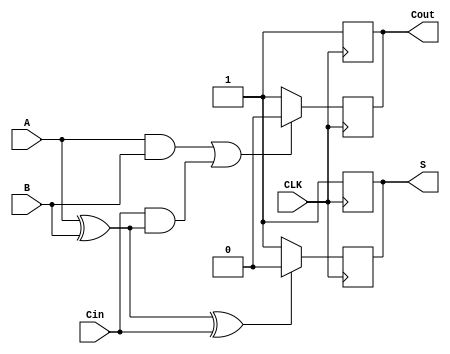
module dynamic_full_adder (
    input wire A,     // First input bit
    input wire B,     // Second input bit
    input wire Cin,   // Carry input
    input wire CLK,   // Clock signal
    output reg S,     // Sum output
    output reg Cout   // Carry output
);

// Internal signals for the evaluate phase
reg S_int, Cout_int;

// Precharge phase
always @(negedge CLK) begin
    // Precharge outputs to high during the low clock phase
    S <= 1'b1;
    Cout <= 1'b1;
end

// Evaluate phase
always @(posedge CLK) begin
    // Evaluate logic based on inputs A, B, and Cin
    // Sum output S = A  B  Cin
    S_int = A ^ B ^ Cin; // Calculate sum
    // Carry output Cout = (A & B) | (Cin & (A ^ B))
    Cout_int = (A & B) | (Cin & (A ^ B)); // Calculate carry
    
    // Discharging the output based on the evaluated conditions
    S <= (S_int) ? 1'b0 : 1'b1; // Discharge S if S_int is true
    Cout <= (Cout_int) ? 1'b0 : 1'b1; // Discharge Cout if Cout_int is true
end

endmodule